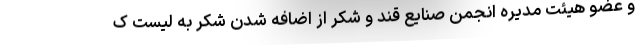
و عضو هیئت مدیره انجمن صنایع قند و شکر از اضافه شدن شکر به لیست ک